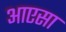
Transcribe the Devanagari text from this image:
आएसा